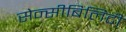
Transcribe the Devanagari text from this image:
सेन्सीबिलिटी